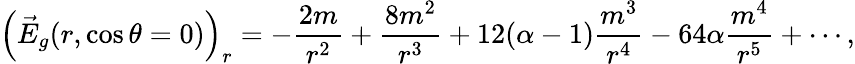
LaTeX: \left(\vec{E}_{g}(r,\cos\theta=0)\right)_{r}=-\frac{2m}{r^{2}}+\frac{8m^{2}}{r^{3}}+12(\alpha-1)\frac{m^{3}}{r^{4}}-64\alpha\frac{m^{4}}{r^{5}}+\cdots,